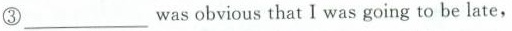
③___wasobvious that I was going to be late,